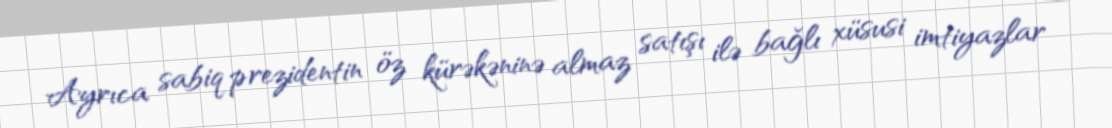
Ayrıca sabiq prezidentin öz kürəkəninə almaz satışı ilə bağlı xüsusi imtiyazlar